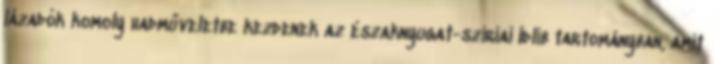
lázadók komoly hadműveletbe kezdenek az északnyugat-szíriai Idlíb tartományban, amit